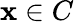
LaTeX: \mathbf{x}\in C